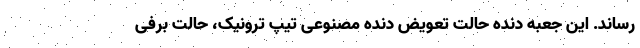
رساند. این جعبه دنده حالت تعویض دنده مصنوعی تیپ ترونیک، حالت برفی